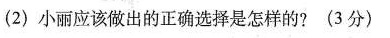
(2) 小丽应该做出的正确选择是怎样的? (3分)